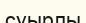
суырлы